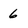
Character: 6